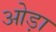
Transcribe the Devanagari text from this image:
ओड़ा